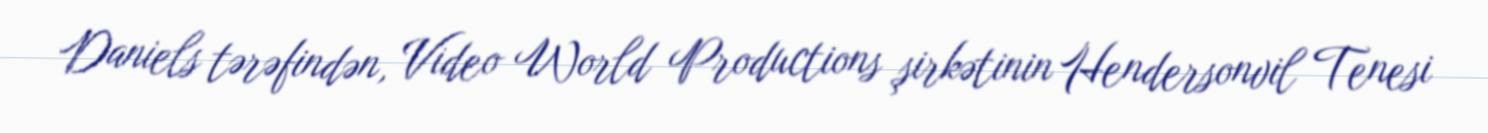
Daniels tərəfindən, Video World Productions şirkətinin Hendersonvil Tenesi